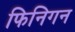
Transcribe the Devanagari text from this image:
फिनिगन